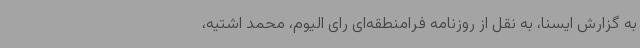
به گزارش ایسنا، به نقل از روزنامه فرامنطقه‌ای رای الیوم، محمد اشتیه،